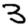
Digit: 3